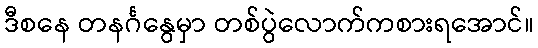
ဒီစနေ တနင်္ဂနွေမှာ တစ်ပွဲလောက်ကစားရအောင်။